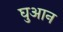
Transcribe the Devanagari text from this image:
घुआन